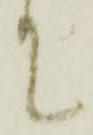
て